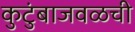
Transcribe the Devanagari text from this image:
कुटुंबाजवळची